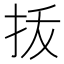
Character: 㧞